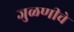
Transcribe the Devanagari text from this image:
जुळणीचे